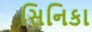
સિનિકા